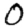
Digit: 0